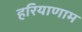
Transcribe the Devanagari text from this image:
हरियाणाम